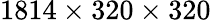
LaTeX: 1814\times 320\times 320